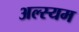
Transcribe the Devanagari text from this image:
अल्स्यम